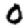
Digit: 0